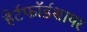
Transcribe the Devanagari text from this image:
हेर्टफाॅर्डशायर